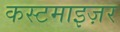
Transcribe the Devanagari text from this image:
कस्टमाइज़र